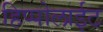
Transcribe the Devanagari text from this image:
हिप्पोलाईट